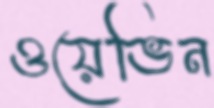
ওয়েভিন